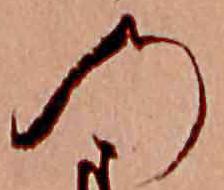
の